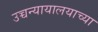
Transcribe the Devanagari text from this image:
उच्चन्यायालयाच्या